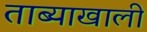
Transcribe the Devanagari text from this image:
ताब्याखाली